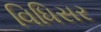
વિધિસર